Scientific memoirs by medical officers of the Army of India - Part V,
Year: 1890
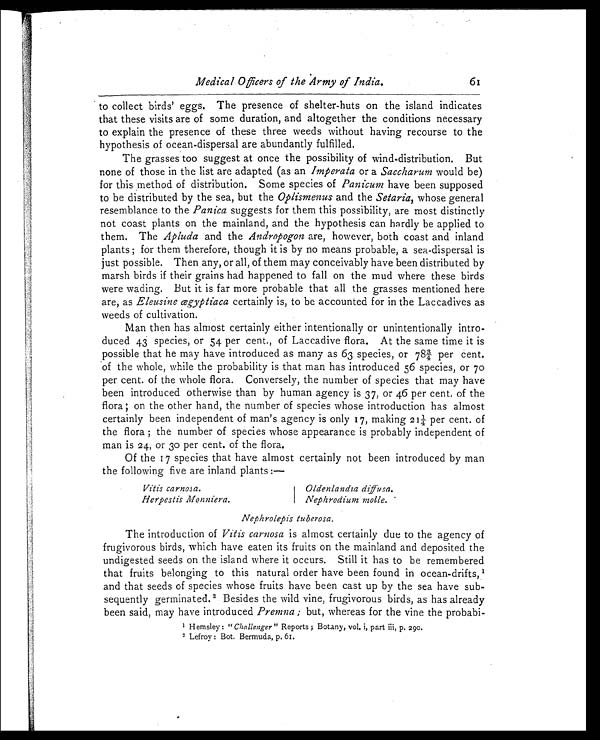
Medical Officers of the Army of India.
61
to collect birds' eggs. The presence of shelter-huts on the island indicates
that these visits are of some duration, and altogether the conditions necessary
to explain the presence of these three weeds without having recourse to the
hypothesis of ocean-dispersal are abundantly fulfilled.
The grasses too suggest at once the possibility of wind-distribution. But
none of those in the list are adapted (as an Imperata or a Saccharum would be)
for this method of distribution. Some species of Panicum have been supposed
to be distributed by the sea, but the Oplismenus and the Setaria, whose general
resemblance to the Panica suggests for them this possibility, are most distinctly
not coast plants on the mainland, and the hypothesis can hardly be applied to
them. The Apluda and the Andropogon are, however, both coast and inland
plants; for them therefore, though it is by no means probable, a sea-dispersal is
just possible. Then any, or all, of them may conceivably have been distributed by
marsh birds if their grains had happened to fall on the mud where these birds
were wading. But it is far more probable that all the grasses mentioned here
are, as Eleusine œgyptiaca certainly is, to be accounted for in the Laccadives as
weeds of cultivation.
Man then has almost certainly either intentionally or unintentionally intro
- d u c e d 4 3 s p e c i e s , o r 5 4 p e r c e n t . , o f L a c c a d i v e f l o r a . A t t h e s a m e t i m e i t i s
possible that he may have introduced as many as 63 species, or 78¾ per cent.
of the whole, while the probability is that man has introduced 56 species, or 70
per cent. of the whole flora. Conversely, the number of species that may have
been introduced otherwise than by human agency is 37, or 46 per cent, of the
f l o r a ; o n t h e o t h e r h a n d , t h e n u m b e r o f s p e c i e s w h o s e i n t r o d u c t i o n h a s a l m o s t
certainly been independent of man's agency is only 17, making 21¼ per cent. of
the flora; the number of species whose appearance is probably independent of
man is 24, or 30 per cent. of the flora.
Of the 17 species that have almost certainly not been introduced by man
the following five are inland plants:—
Vitis carnosa.
Herpestis Monniera.
Oldenlandia diffusa.
Nephrodium molle.
Nephrolepis tuberosa.
The introduction of Vitis carnosa is almost certainly due to the agency of
frugivorous birds, which have eaten its fruits on the mainland and deposited the
undigested seeds on the island where it occurs. Still it has to be remembered
that fruits belonging to this natural order have been found in ocean-drifts, 1
and that seeds of species whose fruits have been cast up by the sea have sub
- s e q u e n t l y g e r m i n a t e d .
2 B e s i d e s t h e w i l d v i n e , f r u g i v o r o u s b i r d s , a s h a s a l r e a d y
been said, may have introduced Premna; but, whereas for the vine the probabi-
1 Hemsley: " Challenger " Reports; Botany, vol. i, part iii, p. 290.
2 Lefroy: Bot. Bermuda, p. 61.